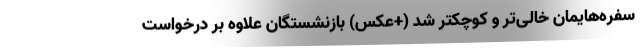
سفره‌هایمان خالی‌تر و کوچکتر شد (+عکس) بازنشستگان علاوه بر درخواست